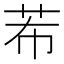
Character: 𮶠